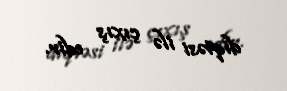
diqtəsi ilə çıxış edir.